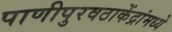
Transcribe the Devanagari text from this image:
पाणीपुरवठाकेंद्रांमध्ये